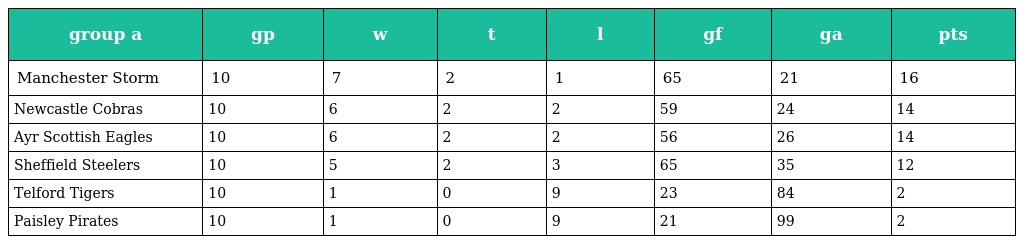
| group a | gp | w | t | l | gf | ga | pts |
 | --- | --- | --- | --- | --- | --- | --- | --- |
 | Manchester Storm | 10 | 7 | 2 | 1 | 65 | 21 | 16 |
 | Newcastle Cobras | 10 | 6 | 2 | 2 | 59 | 24 | 14 |
 | Ayr Scottish Eagles | 10 | 6 | 2 | 2 | 56 | 26 | 14 |
 | Sheffield Steelers | 10 | 5 | 2 | 3 | 65 | 35 | 12 |
 | Telford Tigers | 10 | 1 | 0 | 9 | 23 | 84 | 2 |
 | Paisley Pirates | 10 | 1 | 0 | 9 | 21 | 99 | 2 |